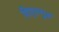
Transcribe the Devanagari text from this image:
गिएल्गुड